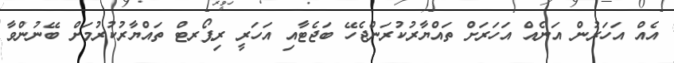
އެއް އަހަރުން އަނެއް އަހަރަށް ތައްޔާރުކުރަންޖެހޭ ބަޖެޓާއި އަހަރީ ރިޕޯރޓް ތައްޔާރުކުރުމަށް ބޭނުންވާ